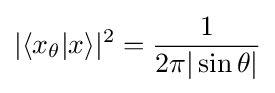
|\langle x_{\theta }|x\rangle |^{2}={\frac {1}{2\pi |\sin \theta |}}